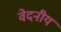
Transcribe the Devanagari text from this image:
वेदनीय